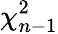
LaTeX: \chi_{n-1}^{2}